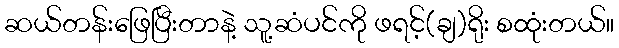
ဆယ်တန်းဖြေပြီးတာနဲ့ သူ့ဆံပင်ကို ဖရင့်(ချ)ရိုး စထုံးတယ်။